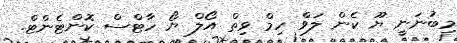
މިބުނަނީ ޔޫ ކެން ލަވް ހިމް ވިތް އޯލް ޔޯ ހާޓްސް ކޮންޓެންޓް.